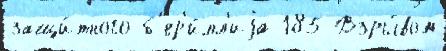
защи́тного б'ер'и́лл'иjа 185 Взры́вом